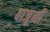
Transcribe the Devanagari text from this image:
बाजूनीं